Source: Computer-generated
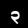
Digit: ၃ (3)